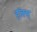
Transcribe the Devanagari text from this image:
हॉक्स्